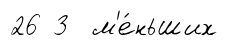
26 3 м'е́ньших